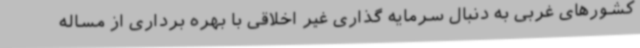
کشورهای غربی به دنبال سرمایه گذاری غیر اخلاقی با بهره برداری از مساله